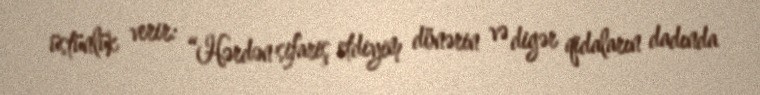
üstünlük verir: “Hərdən sifariş etdiyim dönərin və digər qidaların dadında